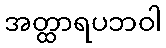
အတ္ထာရပဘဝါ